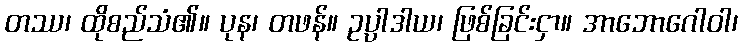
တဿ၊ ထိုစည်သံ၏။ ပုန၊ တဖန်။ ဥပ္ပါဒါယ၊ ဖြစ်ခြင်းငှာ။ အာဘောဂေါဝါ၊